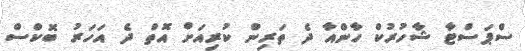
ސްޕަސްޓާ ޝާހުރުކް ހާންއާ ދެ ތަރިން ކުރިއަށް އޮތް ދެ އަހަރު ބޮކްސް